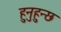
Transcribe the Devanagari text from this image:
हुनुहुन्छ